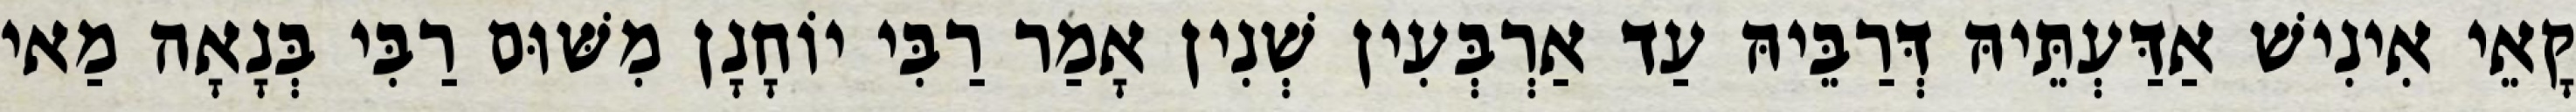
קָאֵי אִינִישׁ אַדַּעְתֵּיהּ דְּרַבֵּיהּ עַד אַרְבְּעִין שְׁנִין אָמַר רַבִּי יוֹחָנָן מִשּׁוּם רַבִּי בְּנָאָה מַאי